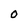
Character: O